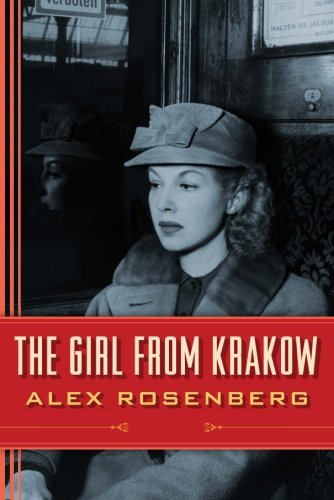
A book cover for The Girl from Krakow: A Novel; Alex Rosenberg; Mystery, Thriller & Suspense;